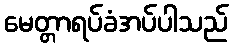
မေတ္တာရပ်ခံအပ်ပါသည်